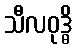
သီလဝုဒ္ဓိ